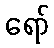
ရော်